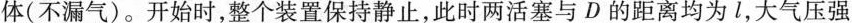
体(不漏气)。开始时，整个装置保持静止，此时两活塞与D的距离均为l，大气压强